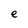
Character: e